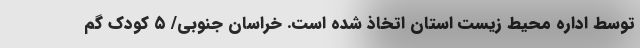
توسط اداره محیط زیست استان اتخاذ شده است. خراسان جنوبی/ ۵ کودک گم